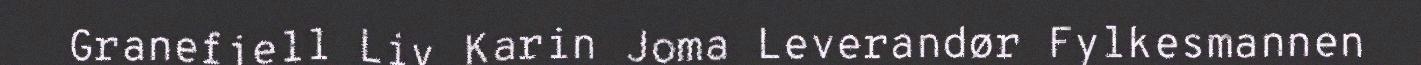
Granefjell Liv Karin Joma Leverandør Fylkesmannen